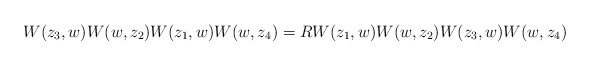
\begin{align*}W(z_3,w)W(w, z_2)W(z_1,w)W(w,z_4) =R W(z_1,w)W(w,z_2)W(z_3,w)W(w,z_4)\end{align*}